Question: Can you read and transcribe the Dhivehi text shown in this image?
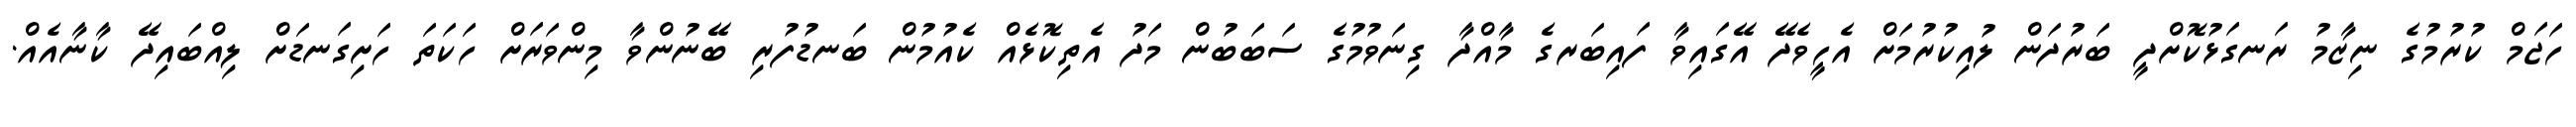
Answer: ހަޖަމް ކުރުމުގެ ނިޒާމު ރަނގަޅުކޮށްދީ ބަރުދަން ލުއިކުރުމަށް އެހީވެދޭ އޭގައިވާ ފައިބަރގެ މާއްދާ ގިނަވުމުގެ ސަބަބުން މަދު އެތިކޮޅެއް ކެއުމުން ބަނޑުފުރި ބޭނުންވާ މިންވަރަށް ހަކަތަ ހަށިގަނޑަށް ލިއްބައިދޭ ކާނާއެއް.